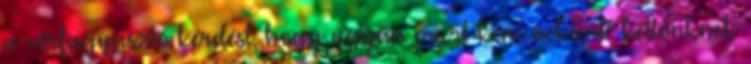
a vérfagyasztó kérdést, hogy ugyan miért kéne nekünk kettőnknek